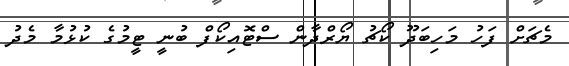
މެޗަށް ފަހު މަހިބަދޫ ކޯޗު ޔޯރްދާން ސްޓޮއިކޯފް ބުނީ ޓީމުގެ ކުޅުމާ މެދު